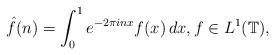
LaTeX: \begin{align*}\hat f(n)=\int_0^1 e^{-2\pi in x}f(x)\,dx,f\in L^1(\mathbb{T}),\end{align*}